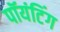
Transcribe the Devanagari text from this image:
पॉयंटिंग